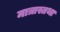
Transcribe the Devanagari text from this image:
मात्रास्तथा